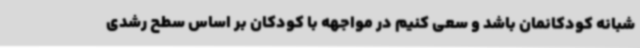
شبانه کودکانمان باشد و سعی کنیم در مواجهه با کودکان بر اساس سطح رشدی